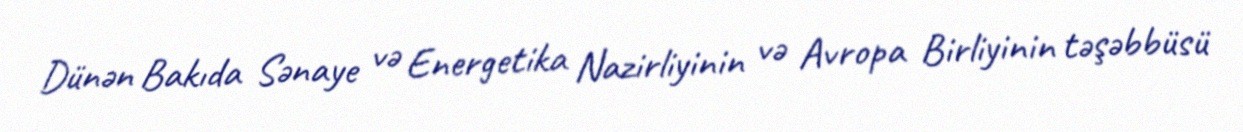
Dünən Bakıda Sənaye və Energetika Nazirliyinin və Avropa Birliyinin təşəbbüsü